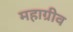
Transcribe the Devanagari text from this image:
महाग्रीव